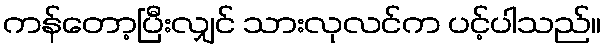
ကန်တော့ပြီးလျှင် သားလုလင်က ပင့်ပါသည်။